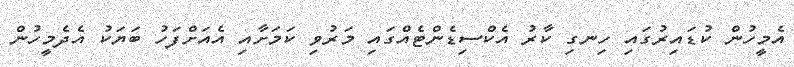
އެމީހުން ކުޑައިރުގައި ހިނގި ކާރު އެކްސިޑެންޓެއްގައި މަރުވި ކަމަށާއި އެއަށްފަހު ބަޔަކު އެދެމީހުން